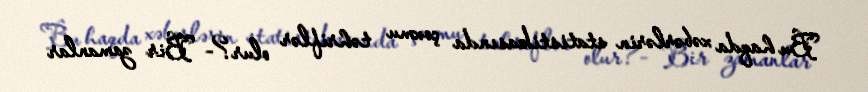
Bu haqda xəbərlərin statistikasında çoxmu təhriflər olur?- Bir zamanlar